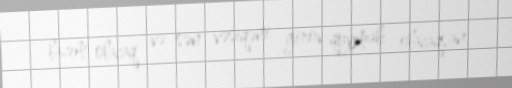
lazım olacaq və sən vəsiqəni girov qoymalı olacaqsan.